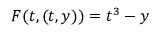
F ( t , ( t , y ) ) = t ^ { 3 } - y